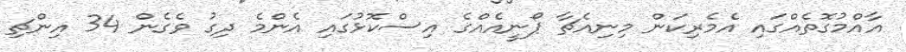
އާއްމުގޮތެއްގައި އެމެރިކަން މިނިއެޗާ ޕޯނީއެއްގެ އިސްކޮޅުގައި އެންމެ ދިގު ވެގެން 34 އިންޗި